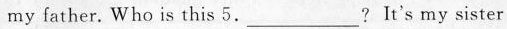
my father. Who is this 5.___? It's my sister